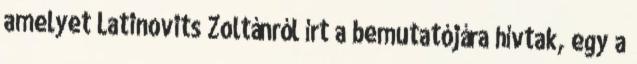
amelyet Latinovits Zoltánról írt a bemutatójára hívtak, egy a